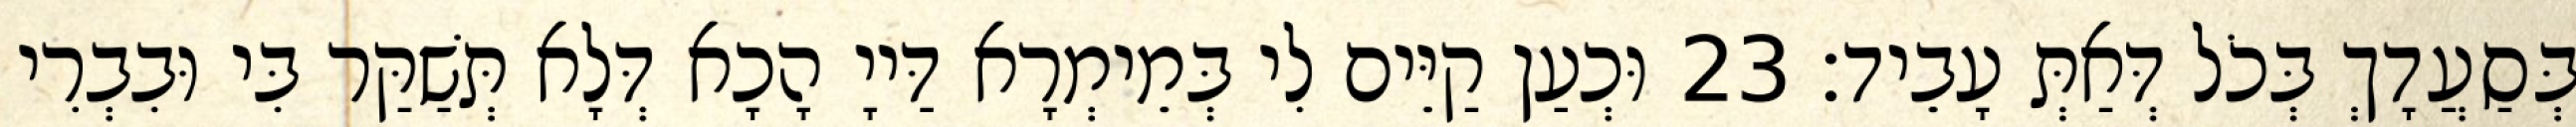
בְּסַעֲדָךְ בְּכֹל דְּאַתְּ עָבֵיד׃ 23 וּכְעַן קַיֵּים לִי בְּמֵימְרָא דַּייָ הָכָא דְּלָא תְּשַׁקַּר בִּי וּבִבְרִי